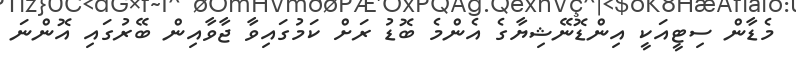
މެޑާން ސިޓީއަކީ އިންޑޮނޭޝިޔާގެ އެންމެ ބޮޑު ރަށް ކަމުގައިވާ ޖާވާއިން ބޭރުގައި އޮންނަ